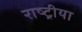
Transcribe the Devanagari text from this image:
राष्ट्रीया